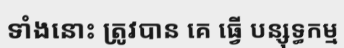
ទាំងនោះ ត្រូវបាន គេ ធ្វើ បន្សុទ្ធកម្ម